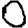
Digit: 0